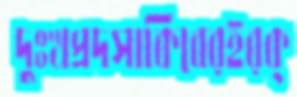
দুঃখপ্রদসাকিবেরইরক্